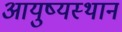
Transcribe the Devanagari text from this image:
आयुष्यस्थान